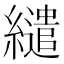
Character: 繾